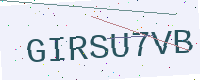
Text: GIRSU7VB